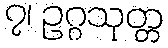
၇၊ ဥဂ္ဂသုတ္တ